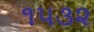
૧૫૩૨